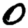
Digit: 0